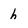
Character: h